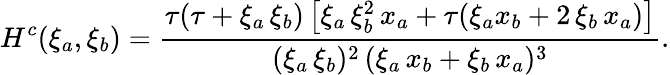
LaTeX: H^{c}(\xi_{a},\xi_{b})=\frac{\tau(\tau+\xi_{a}\, \xi_{b})\left[\xi_{a}\, \xi_{b}^{2}\, x_{a}+\tau(\xi_{a}x_{b}+2\, \xi_{b}\, x_{a})\right]}{(\xi_{a}\, \xi_{b})^{2}\, (\xi_{a}\, x_{b}+\xi_{b}\, x_{a})^{3}}.